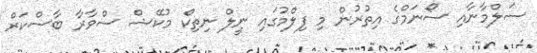
ސަލްމާނާއި ސޯނަމްގެ އިތުރުން މި ފިލްމުގައި ނީލް ނިތިކް މުކޭޝް ސްވާރާ ބާސްކަރް